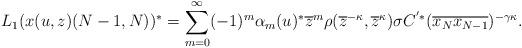
LaTeX: \begin{gather*}L_{1}( x(u,z) (N-1,N)) ^{\ast}=\sum_{m=0}^{\infty}(-1) ^{m}\alpha_{m}(u) ^{\ast}\overline{z}^{m}\rho( \overline{z}^{-\kappa},\overline{z}^{\kappa}) \sigma C^{^{\prime}\ast}( \overline{x_{N}x_{N-1}})^{-\gamma\kappa}.\end{gather*}